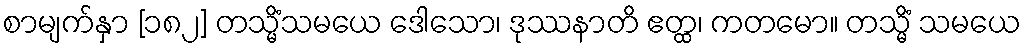
စာမျက်နှာ [၁၈၂] တသ္မိံသမယေ ဒေါသော၊ ဒုဿနာတိ ဧတ္ထ၊ ကတမော။ တသ္မိံ သမယေ